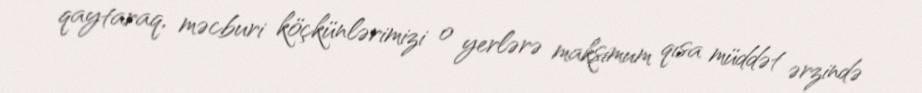
qaytaraq, məcburi köçkünlərimizi o yerlərə maksimum qısa müddət ərzində